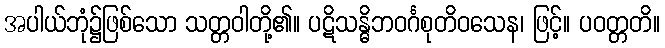
အပါယ်ဘုံ၌ဖြစ်သော သတ္တဝါတို့၏။ ပဋိသန္ဓိဘဝင်္ဂစုတိဝသေန၊ ဖြင့်။ ပဝတ္တတိ။